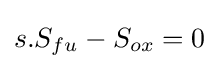
s.S_{fu}-S_{ox}=0